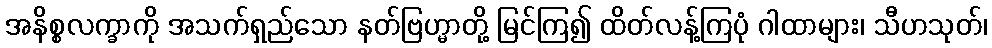
အနိစ္စလက္ခာကို အသက်ရှည်သော နတ်ဗြဟ္မာတို့ မြင်ကြ၍ ထိတ်လန့်ကြပုံ ဂါထာများ၊ သီဟသုတ်၊